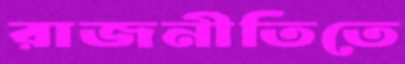
রাজনীতিতে